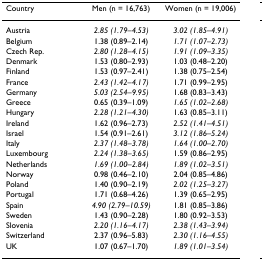
| Country | Men (n = 16,763) | Women (n = 19,006) |
 | --- | --- | --- |
 | Austria | 2.85 (1.79–4.53) | 3.02 (1.85–4.91) |
 | Belgium | 1.38 (0.89–2.14) | 1.71 (1.07–2.73) |
 | Czech Rep. | 2.80 (1.28–4.15) | 1.91 (1.09–3.35) |
 | Denmark | 1.53 (0.80–2.93) | 1.03 (0.48–2.20) |
 | Finland | 1.53 (0.97–2.41) | 1.38 (0.75–2.54) |
 | France | 2.43 (1.42–4.17) | 1.71 (0.99–2.95) |
 | Germany | 5.03 (2.54–9.95) | 1.68 (0.83–3.43) |
 | Greece | 0.65 (0.39–1.09) | 1.65 (1.02–2.68) |
 | Hungary | 2.28 (1.21–4.30) | 1.63 (0.85–3.11) |
 | Ireland | 1.62 (0.96–2.73) | 2.52 (1.41–4.51) |
 | Israel | 1.54 (0.91–2.61) | 3.12 (1.86–5.24) |
 | Italy | 2.37 (1.48–3.78) | 1.64 (1.00–2.70) |
 | Luxembourg | 2.24 (1.38–3.65) | 1.59 (0.86–2.95) |
 | Netherlands | 1.69 (1.00–2.84) | 1.89 (1.02–3.51) |
 | Norway | 0.98 (0.46–2.10) | 2.04 (0.85–4.86) |
 | Poland | 1.40 (0.90–2.19) | 2.02 (1.25–3.27) |
 | Portugal | 1.71 (0.68–4.26) | 1.39 (0.65–2.95) |
 | Spain | 4.90 (2.79–10.59) | 1.81 (0.85–3.86) |
 | Sweden | 1.43 (0.90–2.28) | 1.80 (0.92–3.53) |
 | Slovenia | 2.20 (1.16–4.17) | 2.38 (1.43–3.94) |
 | Switzerland | 2.37 (0.96–5.83) | 2.30 (1.16–4.55) |
 | UK | 1.07 (0.67–1.70) | 1.89 (1.01–3.54) |